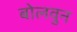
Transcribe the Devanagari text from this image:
बोलवुन